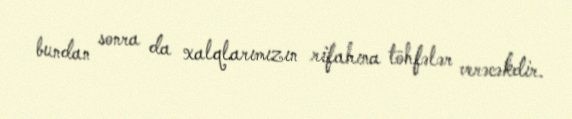
bundan sonra da xalqlarımızın rifahına töhfələr verəcəkdir.